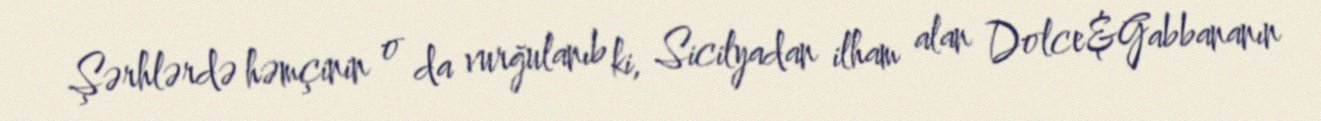
Şərhlərdə həmçinin o da vurğulanıb ki, Sicilyadan ilham alan Dolce&Gabbananın